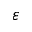
\varepsilon